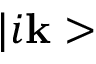
| i \mathbf { k } >